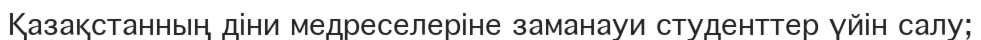
Қазақстанның діни медреселеріне заманауи студенттер үйін салу;